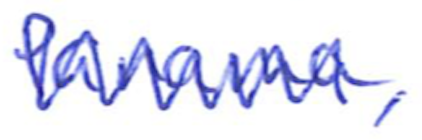
Text: Panama,
Cross-out: zig-zag
Writing tool: ballpoint